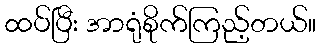
ထပ်ပြီး အာရုံစိုက်ကြည့်တယ်။